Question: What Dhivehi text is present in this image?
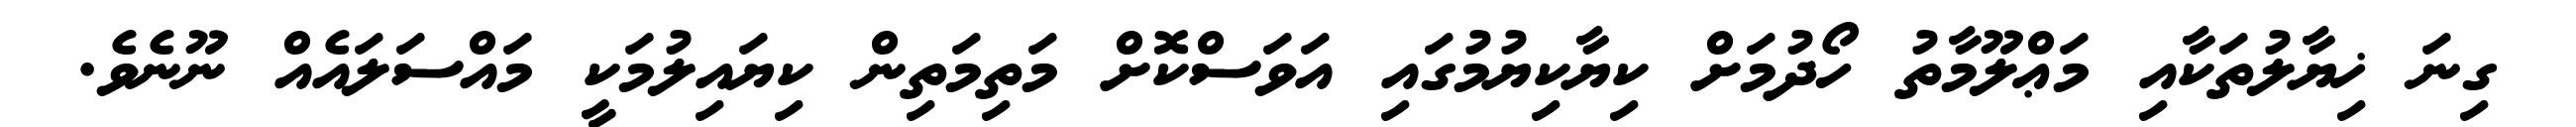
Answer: ގިނަ ޚިޔާލުތަކާއި މަޢްލޫމާތު ހޯދުމަށް ކިޔާކިޔުމުގައި އަވަސްކޮށް މަތިމަތިން ކިޔައިލުމަކީ މައްސަލައެއް ނޫނެވެ.